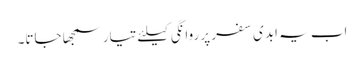
اب یہ ابدی سفر پر روانگی کیلئے تیار سمجھا جاتا۔